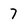
Character: 7